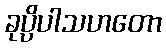
ခုပ္ပိပါသဟတော